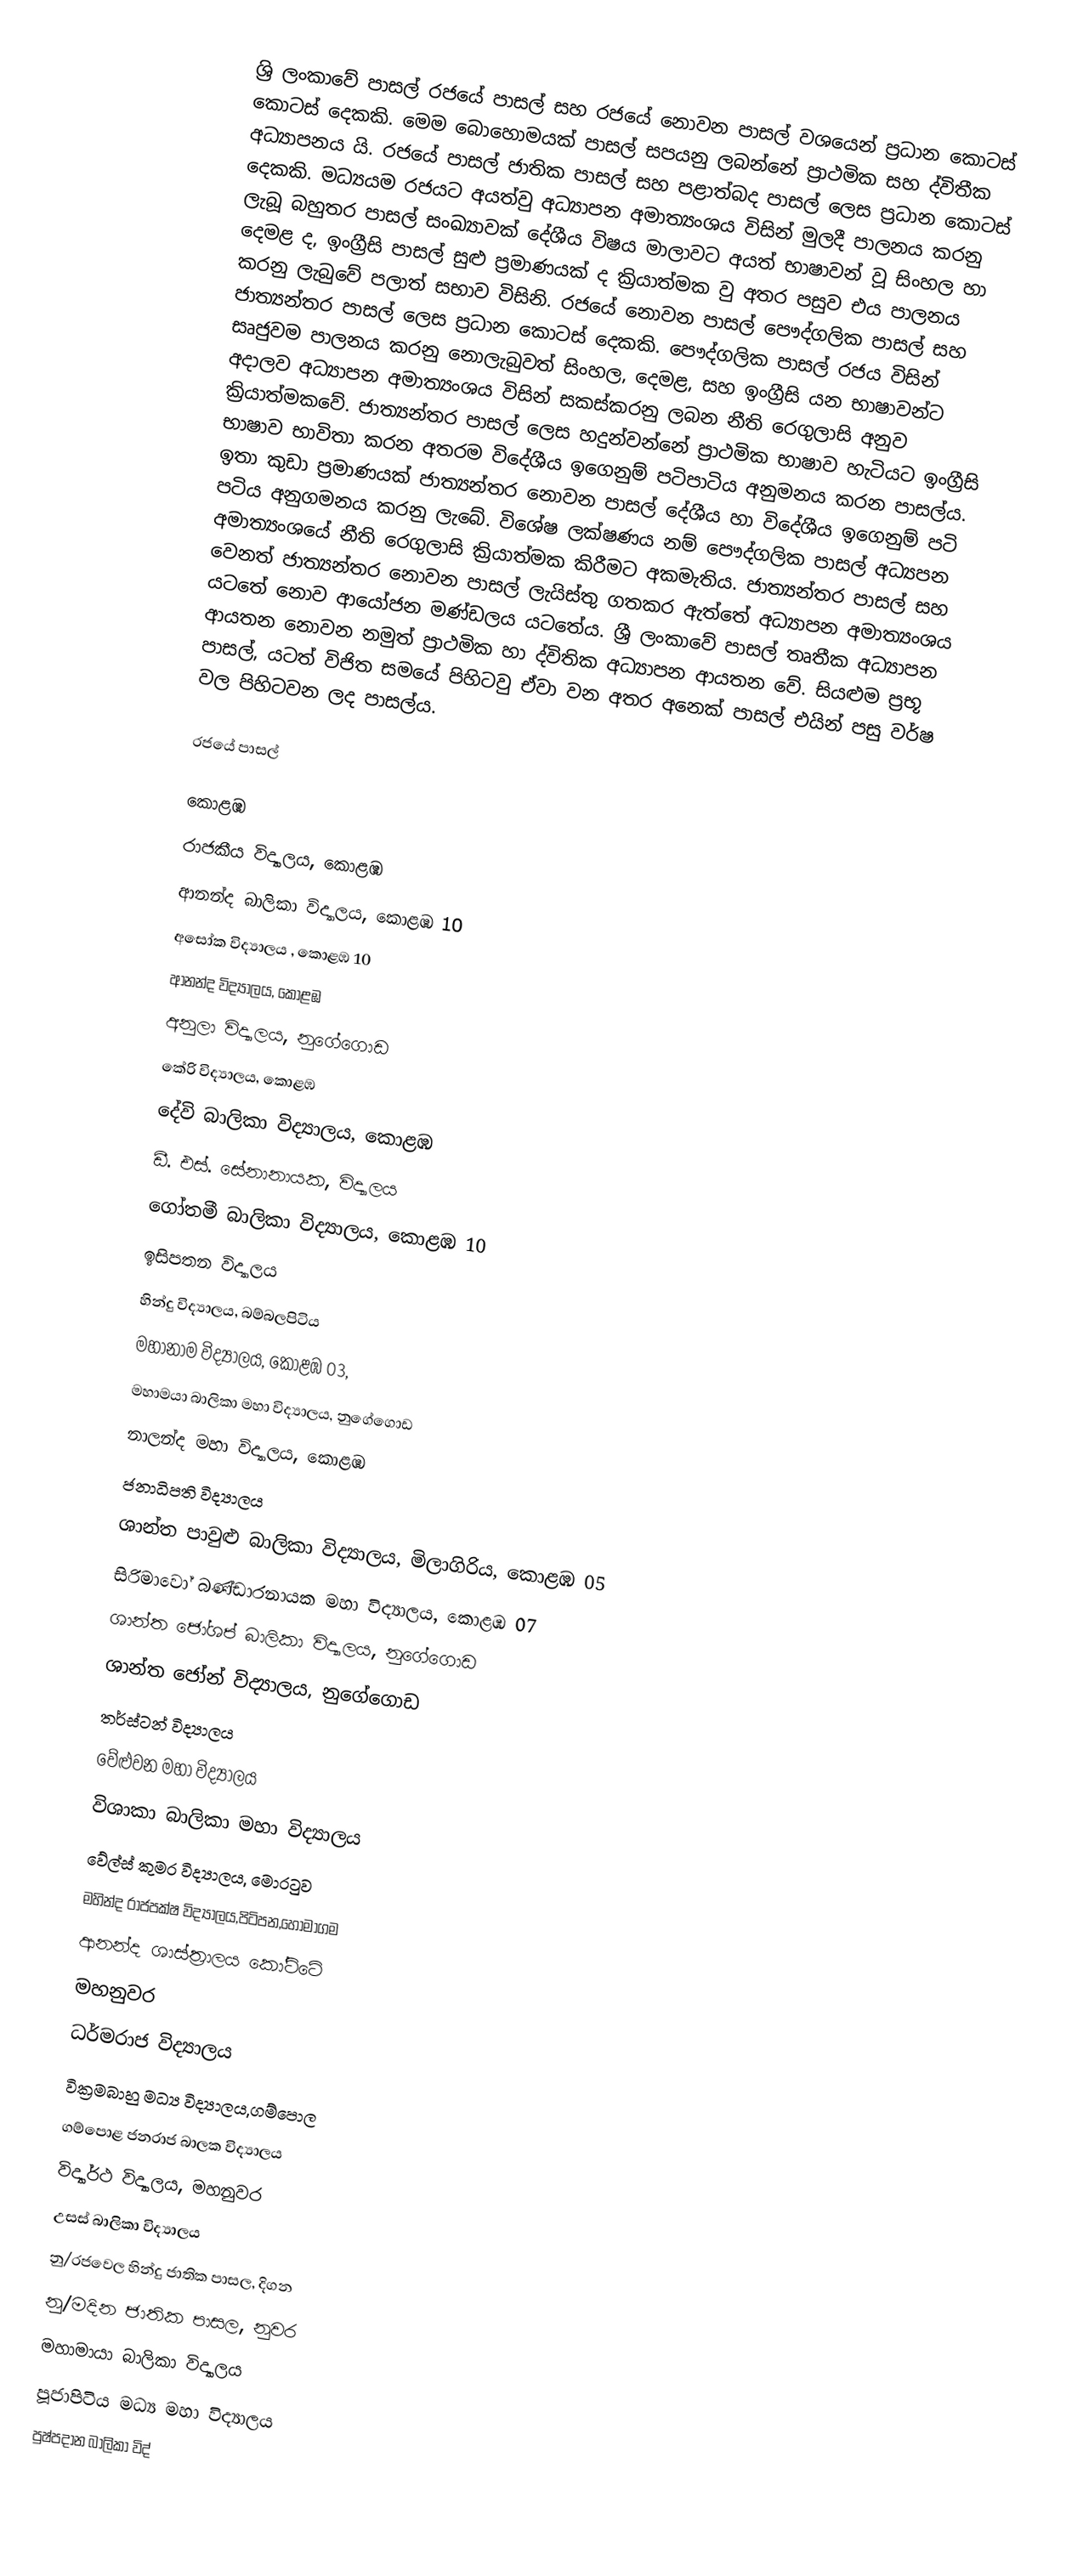
ශ්‍රි ලංකාවේ පාසල් රජයේ පාසල් සහ රජයේ නොවන පාසල් වශයෙන් ප්‍රධාන කොටස් කොටස් දෙකකි. මෙම බොහොමයක් පාසල් සපයනු ලබන්නේ ප්‍රාථමික සහ ද්විතීක අ‍ධ්‍යාපනය යි. රජයේ පාසල් ජාතික පාසල් සහ පළාත්බද පාසල් ලෙස ප්‍රධාන කොටස් දෙකකි. මධ්‍යයම රජයට අයත්වු අධ්‍යාපන අමාත්‍යංශය විසින් මුලදී පාලනය කරනු ලැබූ බහුතර පාසල් සංඛ්‍යාවක් දේශීය විෂය මාලාවට අයත් භාෂාවන් වූ සිංහල හා දෙමළ ද, ඉංග්‍රීසි පාසල් සුළු ප්‍රමාණයක් ද ක්‍රියාත්මක වු අතර පසුව එය පාලනය කරනු ලැබුවේ පලාත් සභාව විසිනි. රජයේ නොවන පාසල් පෞද්ගලික පාසල් සහ ජාත්‍යන්තර පාසල් ලෙස ප්‍රධාන කොටස් දෙකකි. පෞද්ගලික පාසල් රජය විසින් සෘජුවම පාලනය කරනු නොලැබුවත් සිංහල, දෙමළ, සහ ඉංග්‍රීසි යන භාෂාවන්ට අදාලව අධ්‍යාපන අමාත්‍යංශය විසින් සකස්කරනු ලබන නීති රෙගුලාසි අනුව ක්‍රියාත්මකවේ. ජාත්‍යන්තර පාසල් ලෙස හදුන්වන්නේ ප්‍රාථමික භාෂාව හැටියට ඉංග්‍රීසි භාෂාව භාවිතා කරන අතරම විදේශීය ඉගෙනුම් පටිපාටිය අනුමනය කරන පාසල්ය. ඉතා කුඩා ප්‍රමාණයක් ජාත්‍යන්තර නොවන පාසල් දේශීය හා විදේශීය ඉගෙනුම් පටි පටිය අනුගමනය කරනු ලැබේ. විශේෂ ලක්ෂණය නම් පෞද්ගලික පාසල් අධ්‍යපන අමාත්‍යංශයේ නීති රෙගුලාසි ක්‍රියාත්මක කිරීමට අකමැතිය. ජාත්‍යන්තර පාසල් සහ වෙනත් ජාත්‍යන්තර නොවන පාසල් ලැයිස්තු ගතකර ඇත්තේ අ‍ධ්‍යාපන අමාත්‍යංශය යටතේ නොව ආයෝජන මණ්ඩලය යටතේය. ශ්‍රී ලංකාවේ පාසල් තෘතීක අධ්‍යාපන ආයතන නොවන නමුත් ප්‍රාථමික හා ද්විතික අධ්‍යාපන ආයතන වේ. සියළුම ප්‍රභූ පාසල්, යටත් විජිත සමයේ පිහිටවු ඒවා වන අතර අනෙක් පාසල් එයින් පසු වර්ෂ වල පිහිටවන ලද පාසල්ය.

රජයේ පාසල්

	 කොළඹ
	රාජකීය විද්‍යාලය, කොළඹ
	ආනන්ද බාලිකා විද්‍යාලය, කොළඹ 10
  අසෝක විද්‍යාලය , කොළඹ 10
	ආනන්ද විද්‍යාලය, කොළඹ
	අනුලා විද්‍යාලය, නුගේගොඩ
	කේරි විද්‍යාලය, කොළඹ
	දේවි බාලිකා විද්‍යාලය, කොළඹ
	ඩී. එස්. සේනානායක, විද්‍යාලය
	ගෝතමී බාලිකා විද්‍යාලය, කොළඹ 10
	ඉසිපතන විද්‍යාලය
	හින්දු  විද්‍යාලය, බම්බලපිටිය
	මහානාම විද්‍යාලය, කොළඹ 03,
	මහාමයා බාලිකා මහා විද්‍යාලය, නුගේගොඩ
	නාලන්ද මහා විද්‍යාලය, කොළඹ
	ජනාධිපති විද්‍යාලය
	ශාන්ත පාවුළු බාලිකා විද්‍යාලය, මිලාගිරිය, කොළඹ 05
	සිරිමාවෝ බණ්ඩාරනායක මහා විද්‍යාලය, කොළඹ 07
	ශාන්ත ජෝශප් බාලිකා විද්‍යාලය, නුගේගොඩ
      ශාන්ත ජෝන් විද්‍යාලය, නුගේගොඩ
	තර්ස්ටන් විද්‍යාලය
	වේළුවන මහා විද්‍යාලය
	විශාකා බාලිකා මහා විද්‍යාලය
	වේල්ස් කුමර විද්‍යාලය, මොරටුව
   මහින්ද රාජපක්ෂ විද්‍යාලය,පිටිපන,හෝමාගම
  ආනන්ද ශාස්ත්‍රාලය කෝට්ටේ
	මහනුවර
	ධර්මරාජ විද්‍යාලය
 වික්‍රමබාහු මධ්‍ය විද්‍යාලය,ගම්පොල
	ගම්පොළ ජනරාජ බාලක විද්‍යාලය
      විද්‍යාර්ථ විද්‍යාලය, මහනුවර
	උසස් බාලිකා විද්‍යාලය
	නු/රජවෙල හින්දු ජාතික පාසල, දිගන
	නු/මදින ජාතික පාසල, නුවර
	මහාමායා බාලිකා විද්‍යාලය
	පූජාපිටිය මධ්‍ය මහා විද්‍යාලය
	පුෂ්පදාන බාලිකා විද්